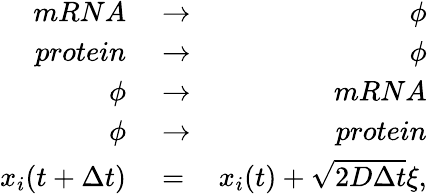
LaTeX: \begin{array}{rlr}{mRNA}&{{}\rightarrow}&{\phi}\\ {protein}&{{}\rightarrow}&{\phi}\\ {\phi}&{{}\rightarrow}&{mRNA}\\ {\phi}&{{}\rightarrow}&{protein}\\ {x_{i}(t+\Delta t)}&{{}=}&{x_{i}(t)+\sqrt{2D\Delta t}\xi,}\end{array}